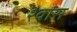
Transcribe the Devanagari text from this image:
श्‍वांस